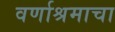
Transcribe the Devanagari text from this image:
वर्णाश्रमाचा